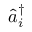
\hat { a } _ { i } ^ { \dagger }